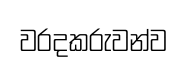
වරදකරුවන්ව